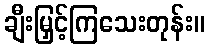
ချီးမြှင့်ကြသေးတုန်း။